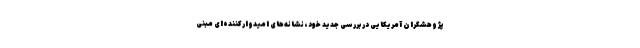
پژوهشگران آمریکایی در بررسی جدید خود، نشانه‌های امیدوارکننده‌ای مبنی